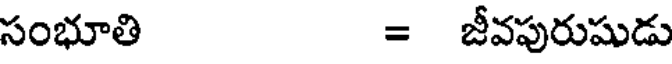
సంభూతి = జీవపురుషుడు